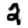
Digit: 2